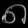
Digit: ၈